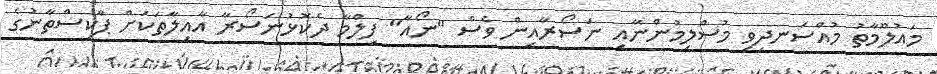
މައުލޫމާތު މުއްސަނދިވި މުސްލިމުންނާއި ނަސޯރާއިން ވެސް "ނޯއާ" ފިލްމާ ދެކޮޅުނަސޯރާ އާއިލާތަކަށް ޕާކިސްތާނުގެ